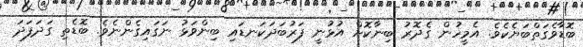
ބޮޑާވެގަތްބަޔެކެވެ. އެމީހުން ގެދޮރު ބިނާކޮށް އުޅުނީ ފަރުބަދަކަނޑައި ބިންވަޅު ނަގައިގެންނެވެ. ބޮޑެތި ގަދަފަދަ